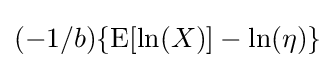
(-1/b)\{\mathrm {E} [\ln(X)]-\ln(\eta )\}